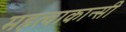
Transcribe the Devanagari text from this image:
महत्वाकान्सी